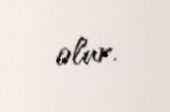
olur.